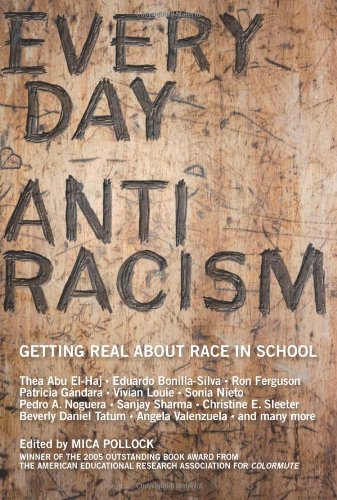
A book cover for Everyday Antiracism: Getting Real About Race in School; Education & Teaching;